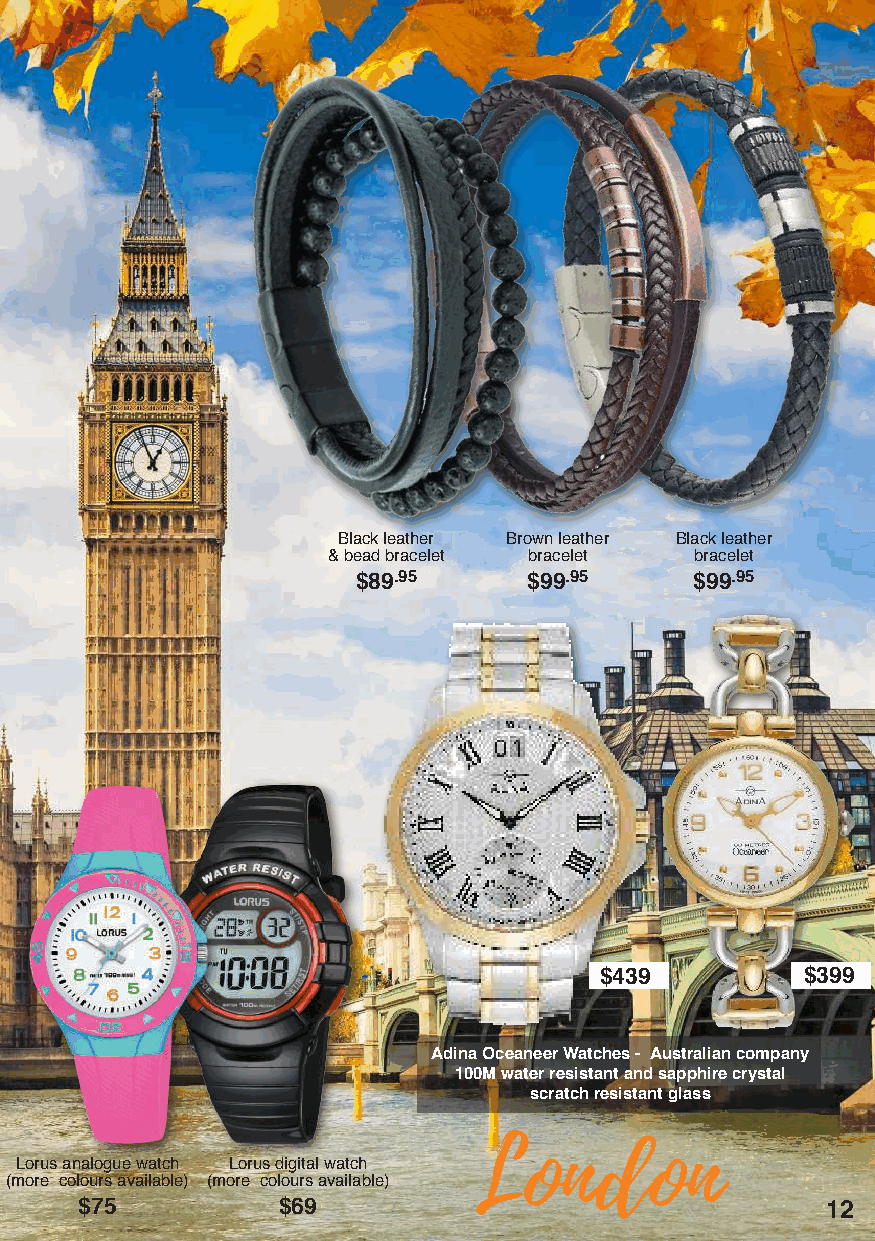
Black leather Brown leather Black leather
 & bead bracelet bracelet bracelet
 $89.95     $99.95     $99.95
 $439         $399
 Adina Oceaneer Watches - Australian company
 100M water resistant and sapphire crystal
 scratch resistant glass
 London
 Lorus analogue watch Lorus digital watch
 (more colours available) (more colours available)
 $75          $69                                  12